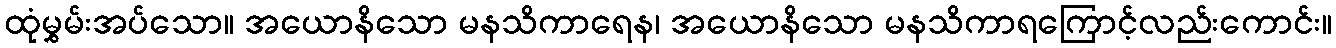
ထုံမွှမ်းအပ်သော။ အယောနိသော မနသိကာရေန၊ အယောနိသော မနသိကာရကြောင့်လည်းကောင်း။